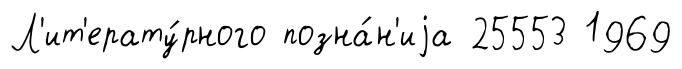
Л'ит'ерату́рного позна́н'иjа 25553 1969